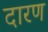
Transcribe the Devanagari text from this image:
दारण